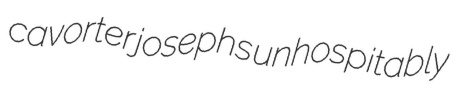
cavorter josephs unhospitably